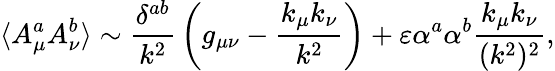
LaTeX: \langle A_{\mu}^{a}A_{\nu}^{b}\rangle\sim{\frac{\delta^{ab}}{k^{2}}}\left(g_{\mu\nu}-{\frac{k_{\mu}k_{\nu}}{k^{2}}}\right)+\varepsilon\alpha^{a}\alpha^{b}{\frac{k_{\mu}k_{\nu}}{(k^{2})^{2}}},